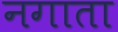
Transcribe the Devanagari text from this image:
नगाता